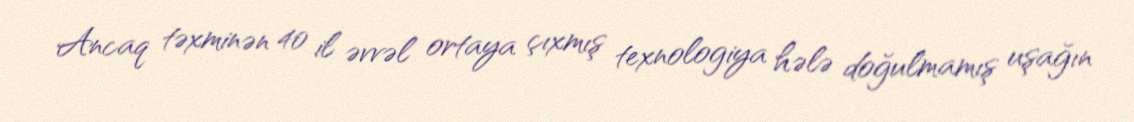
Ancaq təxminən 40 il əvvəl ortaya çıxmış texnologiya hələ doğulmamış uşağın